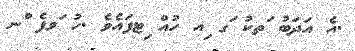
.އެ އަދަބު ަތކު ަގ ިއ ހުއް ިޓފައެވެ .ހު ަވފެ ްނ